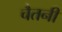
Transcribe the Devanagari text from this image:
चैतनी